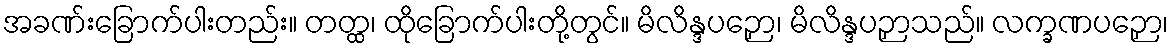
အခဏ်းခြောက်ပါးတည်း။ တတ္ထ၊ ထိုခြောက်ပါးတို့တွင်။ မိလိန္ဒပဉှော၊ မိလိန္ဒပဉှာသည်။ လက္ခဏပဉှော၊